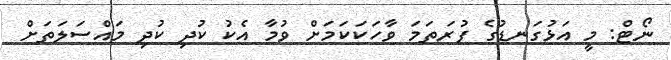
ނޯޓް: މީ އަޅުުގަނޑުގެ ފުރަތަމަ ވާހަކަކަމަށް ވުމާ އެކު ކުދި ކުދި މައްސަލަތަށް